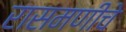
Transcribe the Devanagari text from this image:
रासमणीचे